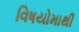
વિષયોમાથી